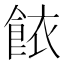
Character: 餏